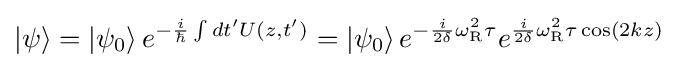
\left|\psi \right\rangle =\left|\psi _{0}\right\rangle e^{-{\frac {i}{\hbar }}\int dt'U(z,t')}=\left|\psi _{0}\right\rangle e^{-{\frac {i}{2\delta }}\omega _{\text{R}}^{2}\tau }e^{{\frac {i}{2\delta }}\omega _{\text{R}}^{2}\tau \cos(2kz)}